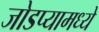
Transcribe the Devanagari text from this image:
जोडप्यामध्ये